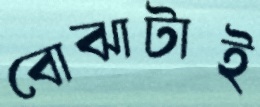
বোঝাটাই